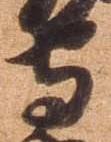
守